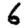
Digit: 6